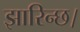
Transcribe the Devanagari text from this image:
झारिन्छ।